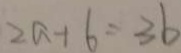
2 a + 6 = 3 b